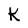
Character: K